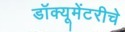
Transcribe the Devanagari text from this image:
डॉक्यूमेंटरीचे